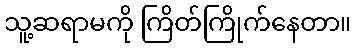
သူ့ဆရာမကို ကြိတ်ကြိုက်နေတာ။